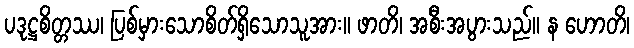
ပဒုဋ္ဌစိတ္တဿ၊ ပြစ်မှားသောစိတ်ရှိသောသူအား။ ဖာတိ၊ အစီးအပွားသည်။ န ဟောတိ၊